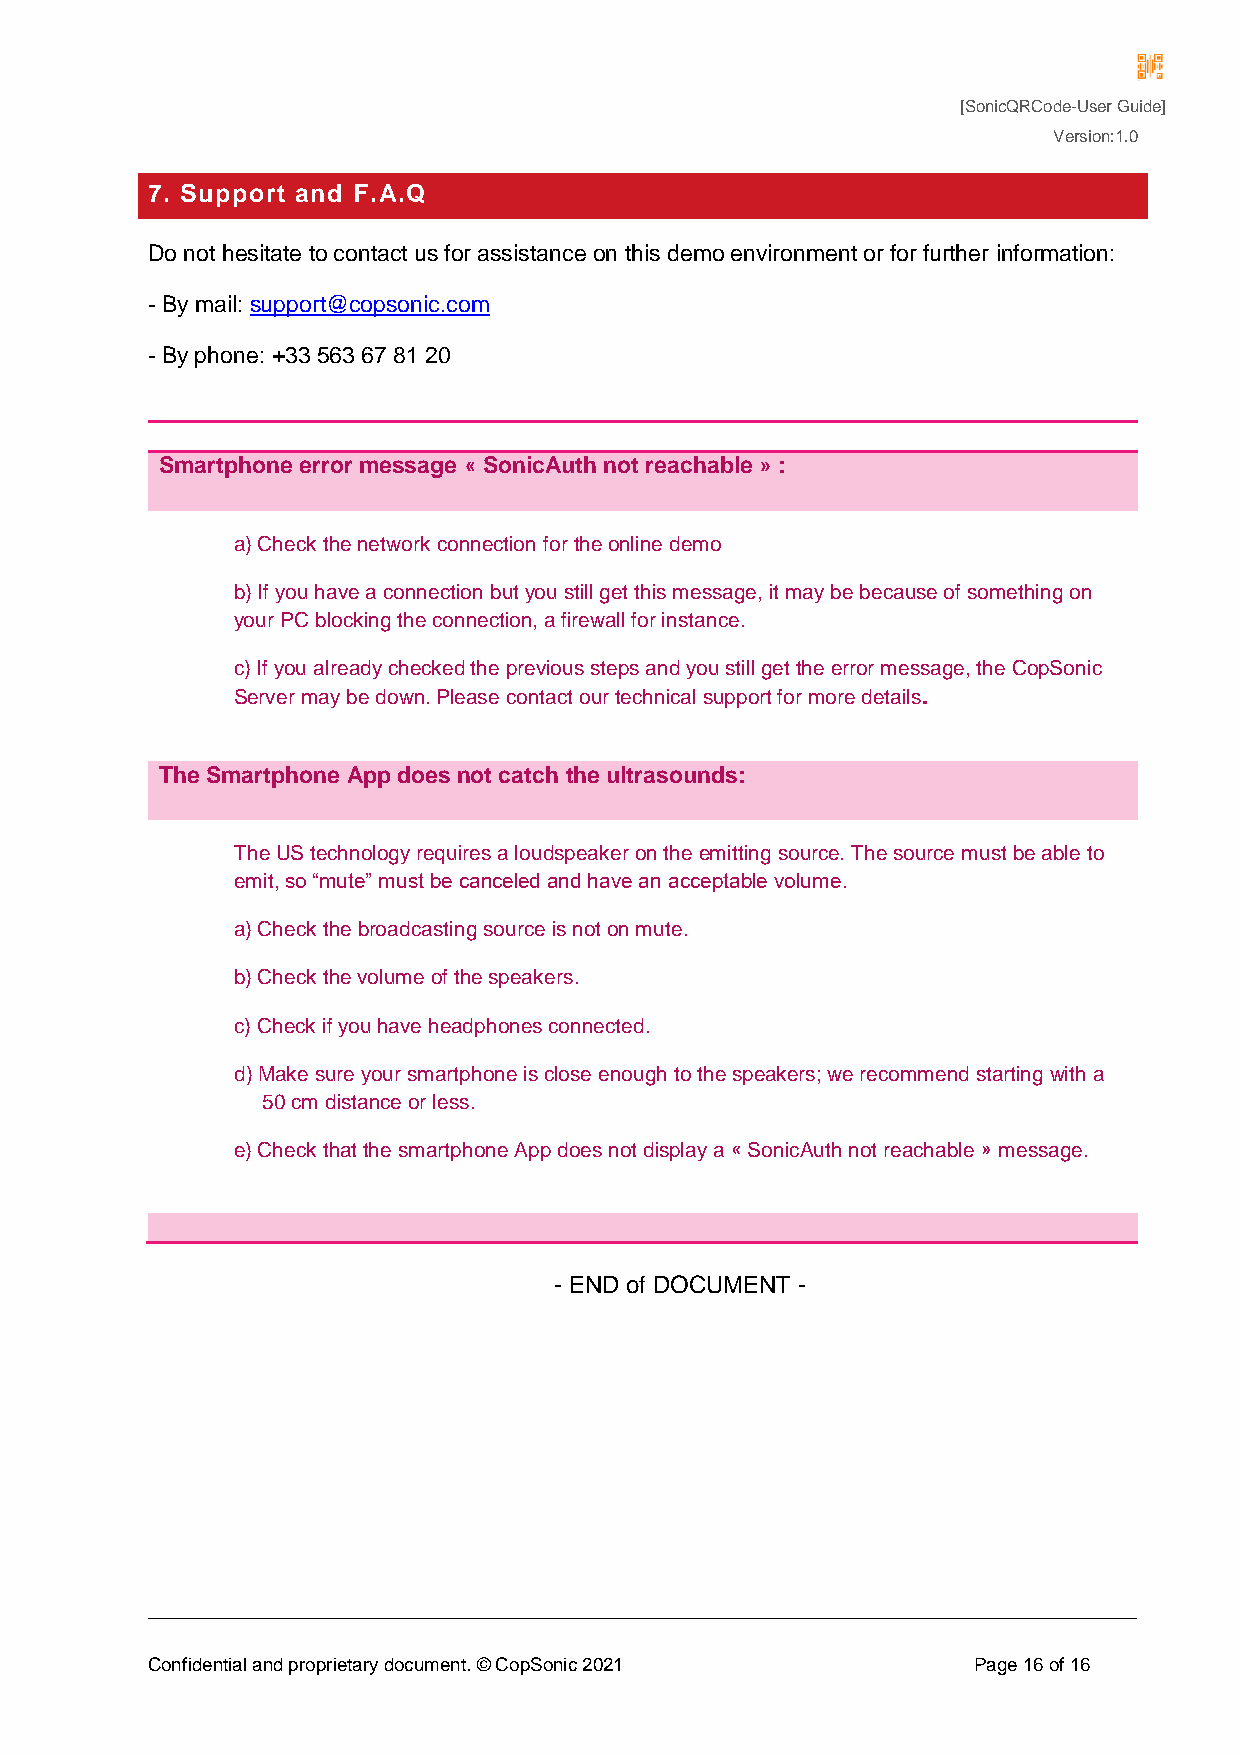
[SonicQRCode-User Guide]
 Version:1.0
 7. Support and F.A.Q
 Do not hesitate to contact us for assistance on this demo environment or for further information:
 - By mail: support@copsonic.com
 - By phone: +33 563 67 81 20
 Smartphone error message « SonicAuth not reachable » :
 a) Check the network connection for the online demo
 b) If you have a connection but you still get this message, it may be because of something on
 your PC blocking the connection, a firewall for instance.
 c) If you already checked the previous steps and you still get the error message, the CopSonic
 Server may be down. Please contact our technical support for more details.
 The Smartphone App does not catch the ultrasounds:
 The US technology requires a loudspeaker on the emitting source. The source must be able to
 emit, so “mute” must be canceled and have an acceptable volume.
 a) Check the broadcasting source is not on mute.
 b) Check the volume of the speakers.
 c) Check if you have headphones connected.
 d) Make sure your smartphone is close enough to the speakers; we recommend starting with a
 50 cm distance or less.
 e) Check that the smartphone App does not display a « SonicAuth not reachable » message.
 - END of DOCUMENT -
 Confidential and proprietary document. © CopSonic 2021 Page 16 of 16